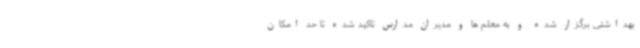
بهداشتی برگزار شده و به معلم ها و مدیران مدارس تاکید شده تا حد امکان